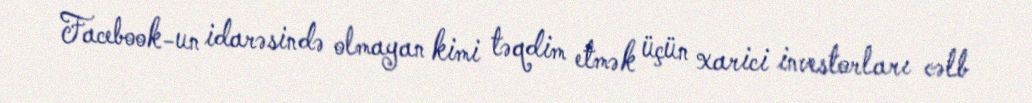
Facebook-un idarəsində olmayan kimi təqdim etmək üçün xarici investorları cəlb